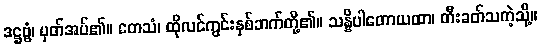
ဒဋ္ဌဗ္ဗံ၊ မှတ်အပ်၏။ တေသံ၊ ထိုလင်ကွင်းနှစ်ဘက်တို့၏။ သန္နိပါတောယထာ၊ တီးခတ်သကဲ့သို့။